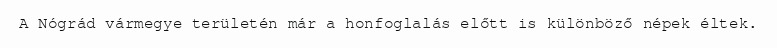
A Nógrád vármegye területén már a honfoglalás előtt is különböző népek éltek.